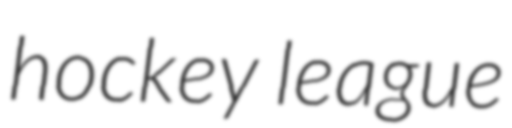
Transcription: hockey league